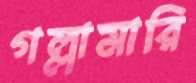
গল্লামারি